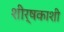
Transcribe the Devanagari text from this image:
शीर्षकाशी